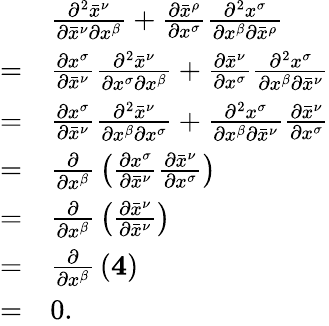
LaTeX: {\begin{array}{rl}&{{\frac{\partial^{2}{\bar{x}}^{\nu}}{\partial{\bar{x}}^{\nu}\partial x^{\beta}}}+{\frac{\partial{\bar{x}}^{\rho}}{\partial x^{\sigma}}}{\frac{\partial^{2}x^{\sigma}}{\partial x^{\beta}\partial{\bar{x}}^{\rho}}}}\\ {=}&{{\frac{\partial x^{\sigma}}{\partial{\bar{x}}^{\nu}}}{\frac{\partial^{2}{\bar{x}}^{\nu}}{\partial x^{\sigma}\partial x^{\beta}}}+{\frac{\partial{\bar{x}}^{\nu}}{\partial x^{\sigma}}}{\frac{\partial^{2}x^{\sigma}}{\partial x^{\beta}\partial{\bar{x}}^{\nu}}}}\\ {=}&{{\frac{\partial x^{\sigma}}{\partial{\bar{x}}^{\nu}}}{\frac{\partial^{2}{\bar{x}}^{\nu}}{\partial x^{\beta}\partial x^{\sigma}}}+{\frac{\partial^{2}x^{\sigma}}{\partial x^{\beta}\partial{\bar{x}}^{\nu}}}{\frac{\partial{\bar{x}}^{\nu}}{\partial x^{\sigma}}}}\\ {=}&{{\frac{\partial}{\partial x^{\beta}}}\left({\frac{\partial x^{\sigma}}{\partial{\bar{x}}^{\nu}}}{\frac{\partial{\bar{x}}^{\nu}}{\partial x^{\sigma}}}\right)}\\ {=}&{{\frac{\partial}{\partial x^{\beta}}}\left({\frac{\partial{\bar{x}}^{\nu}}{\partial{\bar{x}}^{\nu}}}\right)}\\ {=}&{{\frac{\partial}{\partial x^{\beta}}}\left(\mathbf{4}\right)}\\ {=}&{0.}\end{array}}